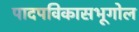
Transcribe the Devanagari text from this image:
पादपविकासभूगोल